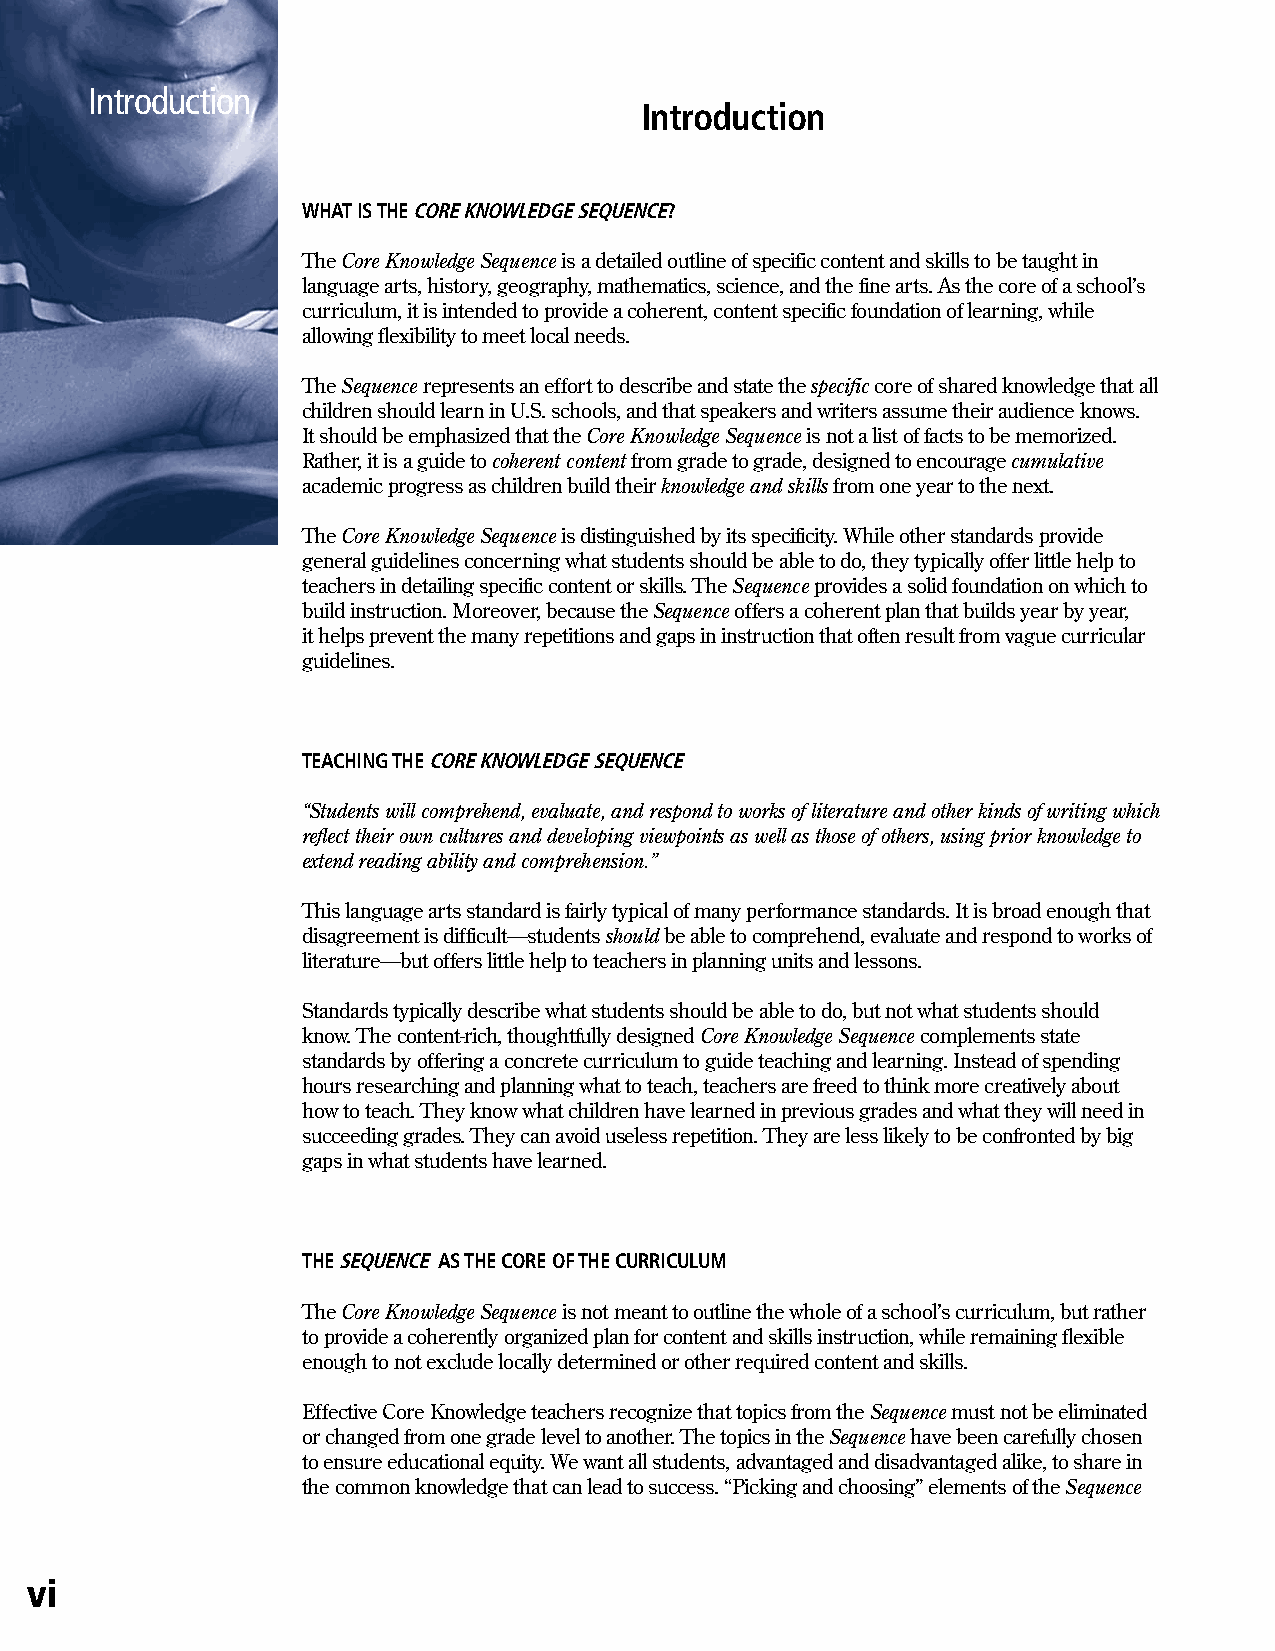
Introduction
 Introduction
 WHAT IS THE CORE KNOWLEDGE SEQUENCE?
 The Core Knowledge Sequence is a detailed outline of specific content and skills to be taught in
 language arts, history, geography, mathematics, science, and the fine arts. As the core of a school’s
 curriculum, it is intended to provide a coherent, content specific foundation of learning, while
 allowing flexibility to meet local needs.
 The Sequence represents an effort to describe and state the specific core of shared knowledge that all
 children should learn in U.S. schools, and that speakers and writers assume their audience knows.
 It should be emphasized that the Core Knowledge Sequence is not a list of facts to be memorized.
 Rather, it is a guide to coherent content from grade to grade, designed to encourage cumulative
 academic progress as children build their knowledge and skills from one year to the next.
 The Core Knowledge Sequence is distinguished by its specificity. While other standards provide
 general guidelines concerning what students should be able to do, they typically offer little help to
 teachers in detailing specific content or skills. The Sequence provides a solid foundation on which to
 build instruction. Moreover, because the Sequence offers a coherent plan that builds year by year,
 it helps prevent the many repetitions and gaps in instruction that often result from vague curricular
 guidelines.
 TEACHING THE CORE KNOWLEDGE SEQUENCE
 “Students will comprehend, evaluate, and respond to works of literature and other kinds of writing which
 reflect their own cultures and developing viewpoints as well as those of others, using prior knowledge to
 extend reading ability and comprehension.”
 This language arts standard is fairly typical of many performance standards. It is broad enough that
 disagreement is difficult—students should be able to comprehend, evaluate and respond to works of
 literature—but offers little help to teachers in planning units and lessons.
 Standards typically describe what students should be able to do, but not what students should
 know. The content-rich, thoughtfully designed Core Knowledge Sequence complements state
 standards by offering a concrete curriculum to guide teaching and learning. Instead of spending
 hours researching and planning what to teach, teachers are freed to think more creatively about
 how to teach. They know what children have learned in previous grades and what they will need in
 succeeding grades. They can avoid useless repetition. They are less likely to be confronted by big
 gaps in what students have learned.
 THE SEQUENCE AS THE CORE OF THE CURRICULUM
 The Core Knowledge Sequence is not meant to outline the whole of a school’s curriculum, but rather
 to provide a coherently organized plan for content and skills instruction, while remaining flexible
 enough to not exclude locally determined or other required content and skills.
 Effective Core Knowledge teachers recognize that topics from the Sequence must not be eliminated
 or changed from one grade level to another. The topics in the Sequence have been carefully chosen
 to ensure educational equity. We want all students, advantaged and disadvantaged alike, to share in
 the common knowledge that can lead to success. “Picking and choosing” elements of the Sequence
 vi